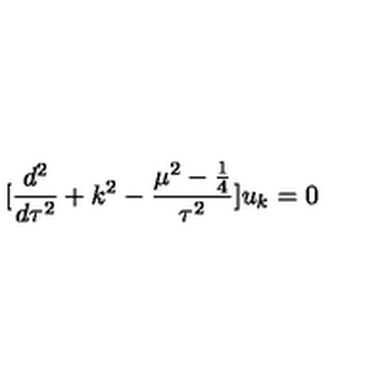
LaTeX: [ \frac { d ^ { 2 } } { d \tau ^ { 2 } } + k ^ { 2 } - \frac { \mu ^ { 2 } - \frac { 1 } { 4 } } { \tau ^ { 2 } } ] u _ { k } = 0